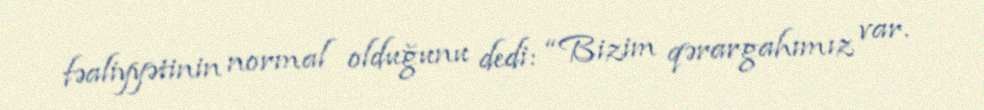
fəaliyyətinin normal olduğunu dedi: “Bizim qərargahımız var.